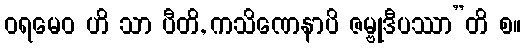
ဝရမေဝ ဟိ သာ ပီတိ, ကသိဏေနာပိ ဇမ္ဗုဒီပဿာ”တိ စ။